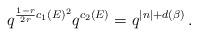
LaTeX: \begin{align*}q^{\frac{1-r}{2r} c_1(E)^2} q^{c_2(E)} = q^{|n| + d(\beta)} \,.\end{align*}